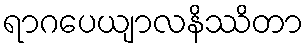
ရာဂပေယျာလနိဿိတာ